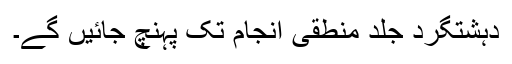
دہشتگرد جلد منطقی انجام تک پہنچ جائیں گے۔